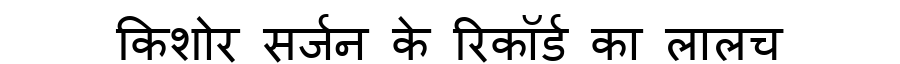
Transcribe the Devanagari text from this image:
किशोर सर्जन के रिकॉर्ड का लालच